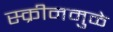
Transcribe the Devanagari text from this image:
स्क्रीनमुळे